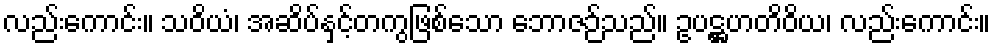
လည်းကောင်း။ သဝိယံ၊ အဆိပ်နှင့်တကွဖြစ်သော ဘောဇဉ်သည်။ ဥပဋ္ဌဟတိဝိယ၊ လည်းကောင်း။